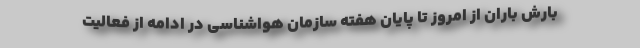
بارش باران از امروز تا پایان هفته سازمان هواشناسی در ادامه از فعالیت